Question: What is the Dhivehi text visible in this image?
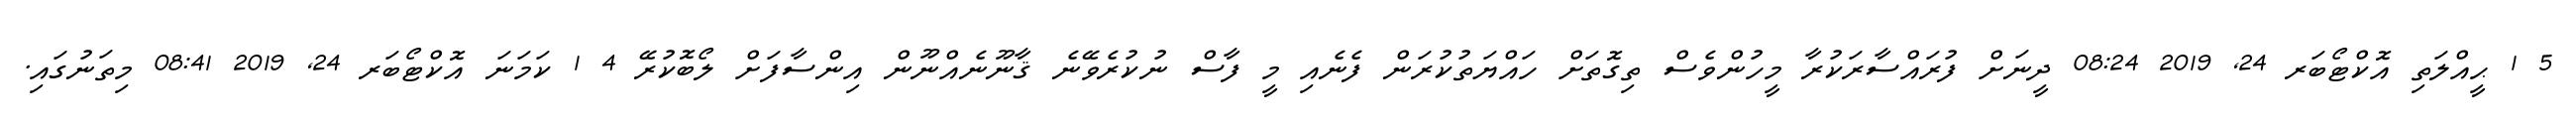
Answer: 5 1 ޙީއްލަތި އޮކްޓޯބަރ 24, 2019 08:24 ދީނަށް ފުރައްސާރަކުރާ މީހުންވެސް ތިގޮތަށް ހައްޔަތުކުރަން ފެނެއި މީ ފާސް ނުކުރެވޭނެ ޤާނޫނެއްނޫން އިންސާފަށް ލޯބޮކުރޭ 4 1 ކަމަނަ އޮކްޓޯބަރ 24, 2019 08:41 މިތަނުގައި.